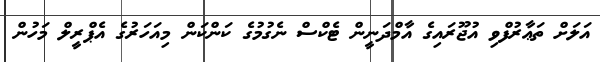
އަލަށް ތަޢާރުފްވި އުޖޫރައިގެ އާމްދަނީން ޓެކްސް ނެގުމުގެ ކަންކަން މިއަހަރުގެ އެޕްރީލް މަހުން